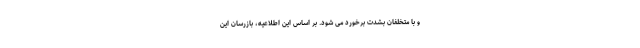
و با متخلفان بشدت برخورد می شود. بر اساس این اطلاعیه، بازرسان این